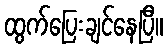
ထွက်ပြေးချင်နေပြီ။